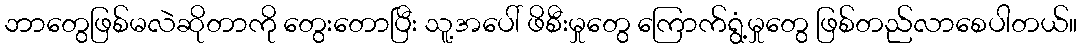
ဘာတွေဖြစ်မလဲဆိုတာကို တွေးတောပြီး သူ့အပေါ် ဖိစီးမှုတွေ ကြောက်ရွံ့မှုတွေ ဖြစ်တည်လာစေပါတယ်။